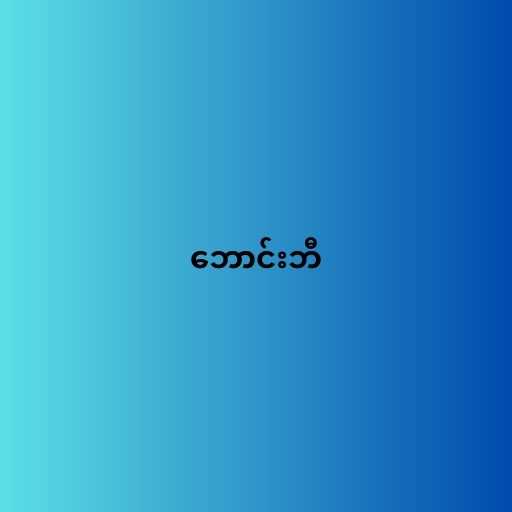
ဘောင်းဘီ